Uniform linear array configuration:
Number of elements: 12
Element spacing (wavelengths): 0.5
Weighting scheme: exponential
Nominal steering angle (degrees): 0
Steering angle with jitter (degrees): -1.79
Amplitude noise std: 0.05
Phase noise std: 0.05

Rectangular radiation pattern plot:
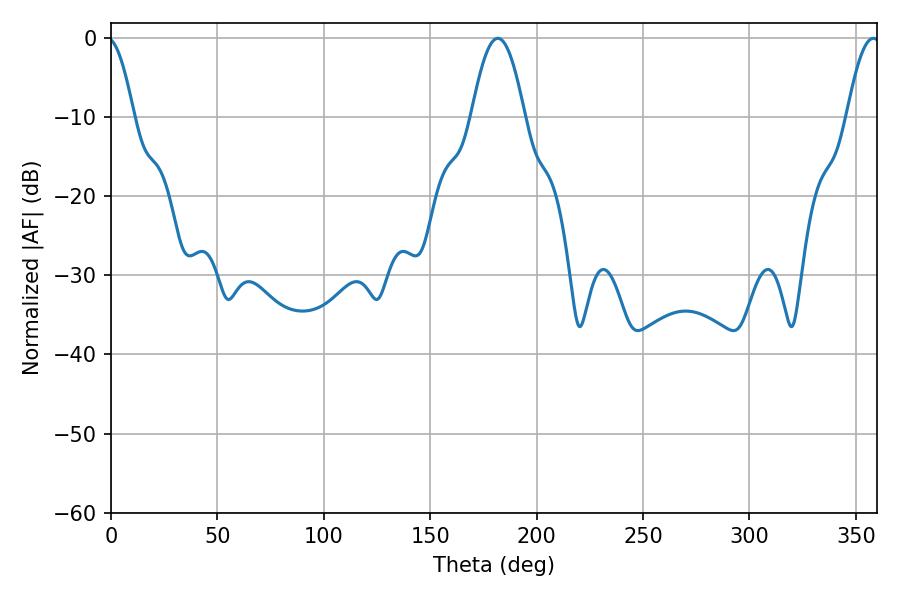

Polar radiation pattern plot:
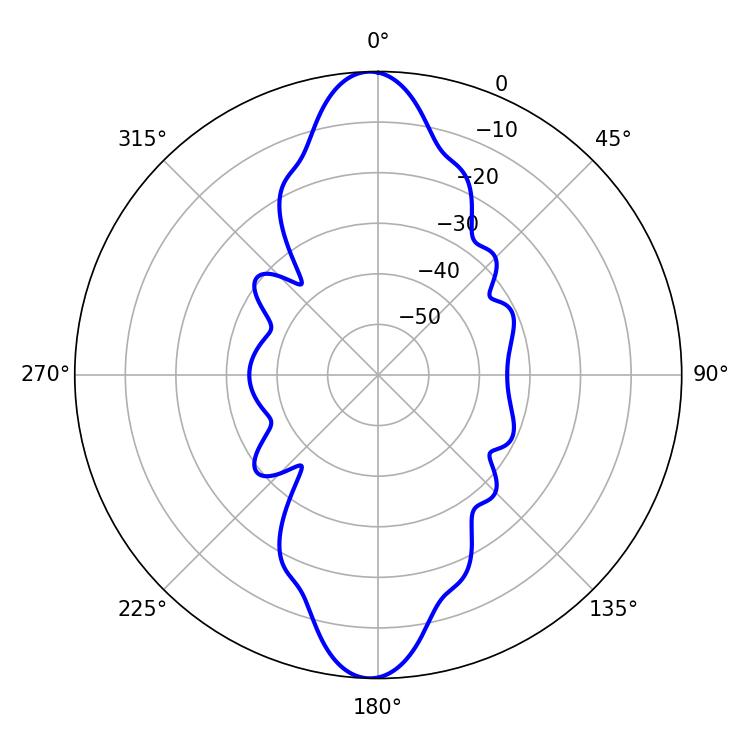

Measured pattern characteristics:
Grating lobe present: FALSE
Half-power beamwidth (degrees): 13.68
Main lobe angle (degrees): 181.8